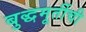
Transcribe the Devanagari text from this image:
बुद्धमूर्तीची